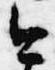
今